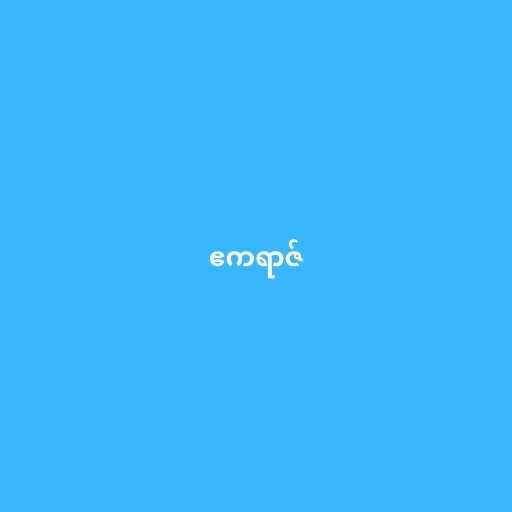
ဧကရာဇ်